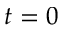
t = 0